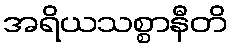
အရိယသစ္စာနီတိ